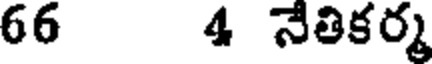
66 4 నేతికర్మ